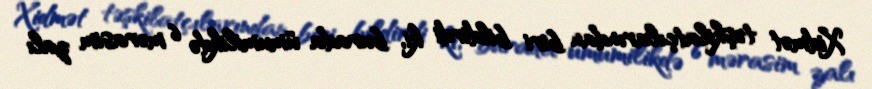
Xidmət təşkilatçılarından biri bildirdi ki, burada ümumilikdə 6 mərasim zalı